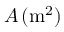
A \, ( \mathrm m ^ { 2 } )